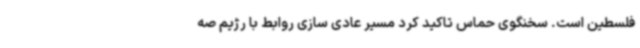
فلسطین است. سخنگوی حماس تاکید کرد مسیر عادی سازی روابط با رژیم صه